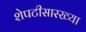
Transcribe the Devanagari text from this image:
शेपटीसारख्या